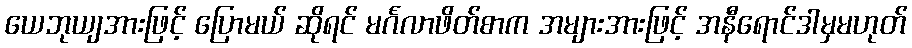
ယေဘုယျအားဖြင့် ပြောမယ် ဆိုရင် မင်္ဂလာဖိတ်စာက အများအားဖြင့် အနီရောင်ဒါမှမဟုတ်